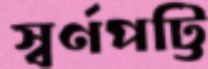
স্বর্ণপট্টি